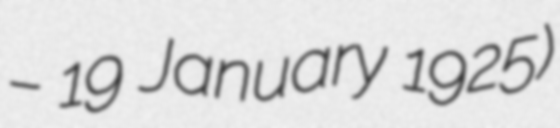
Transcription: – 19 January 1925)